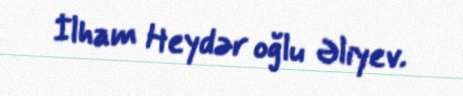
İlham Heydər oğlu Əliyev.